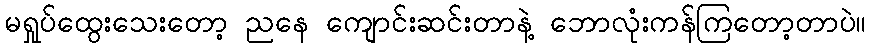
မရှုပ်ထွေးသေးတော့ ညနေ ကျောင်းဆင်းတာနဲ့ ဘောလုံးကန်ကြတော့တာပဲ။